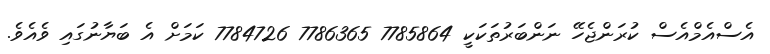
އެސްއެމްއެސް ކުރަންޖެހޭ ނަންބަރުތަކަކީ 7785864 7786365 7784726 ކަމަށް އެ ބަޔާނުގައި ވެއެވެ.